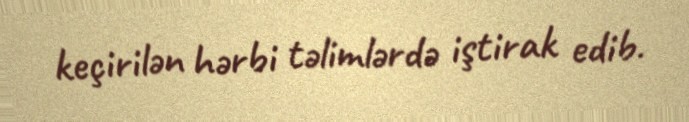
keçirilən hərbi təlimlərdə iştirak edib.